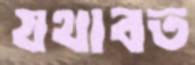
যথাবত